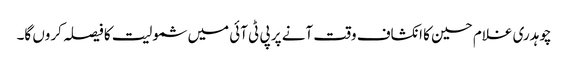
چوہدری غلام حسین کا انکشاف وقت آنے پر پی ٹی آئی میں شمولیت کا فیصلہ کروں گا۔